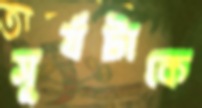
সূর্যটাকে